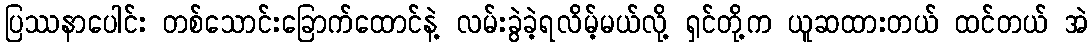
ပြဿနာပေါင်း တစ်သောင်းခြောက်ထောင်နဲ့ လမ်းခွဲခဲ့ရလိမ့်မယ်လို့ ရှင်တို့က ယူဆထားတယ် ထင်တယ် အဲ